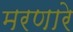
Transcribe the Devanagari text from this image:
मरणारे